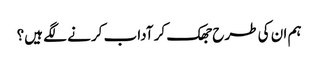
ہم ان کی طرح جھک کر آداب کرنے لگے ہیں؟